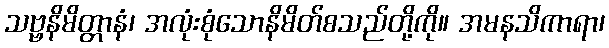
သဗ္ဗနိမိတ္တာနံ၊ အလုံးစုံသောနိမိတ်စသည်တို့ကို။ အမနသိကာရာ၊